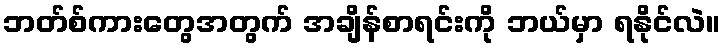
ဘတ်စ်ကားတွေအတွက် အချိန်စာရင်းကို ဘယ်မှာ ရနိုင်လဲ။